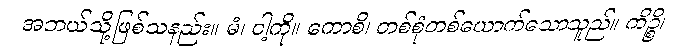
အဘယ်သို့ဖြစ်သနည်း။ မံ၊ ငါ့ကို။ ကောစိ၊ တစ်စုံတစ်ယောက်သောသူည်။ ကိဉ္စိ၊